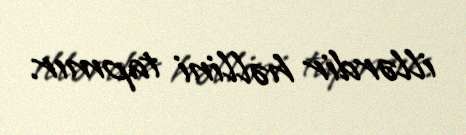
illərdir həllini tapmır.